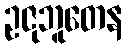
ဥဇုဘူတေန